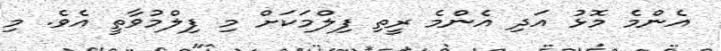
އެންމެ މޮޅު އަދި އެންމެ ރީތި ފިލްމަކަށް މި ފިލްމުވާތީ އެވެ. މި